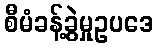
စီမံခန့်ခွဲမှုဥပဒေ